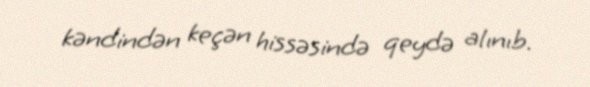
kəndindən keçən hissəsində qeydə alınıb.